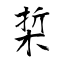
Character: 梊